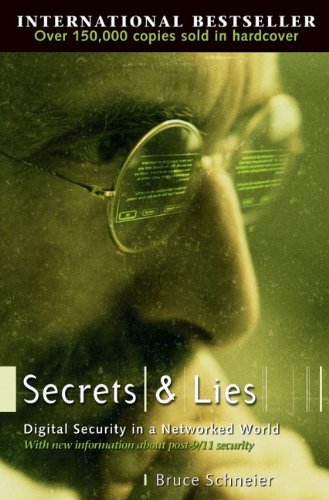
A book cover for Secrets and Lies: Digital Security in a Networked World; Bruce Schneier; Computers & Technology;